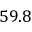
5 9 . 8